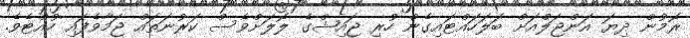
ރޮމުން ދިޔަ އަންޖަލްއަށް ބަލަހައްޓައިގެން ހުރި ޖައިޝްގެ ލޮލަށްވެސް ކަރުނަތައް ޖަމާވެފައި ހުއްޓެވެ.